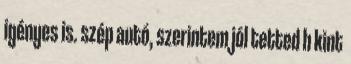
igényes is. szép autó, szerintem jól tetted h kint